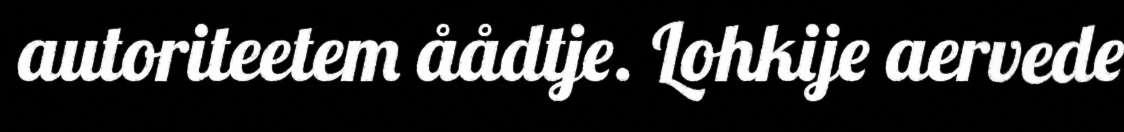
autoriteetem åådtje. Lohkije aervede